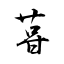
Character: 苷